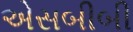
એસબીબી